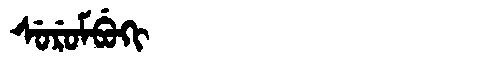
Manchu: ᠰᡠᡵᡠᠮᠪᡠᡴᡳ
Romanization: SURUMBUKI